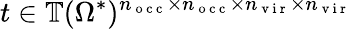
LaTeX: t\in\mathbb{T}(\Omega^{*})^{n_{\mathrm{~o~c~c~}}\times n_{\mathrm{~o~c~c~}}\times n_{\mathrm{~v~i~r~}}\times n_{\mathrm{~v~i~r~}}}